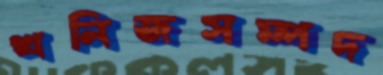
খনিজসম্পদ